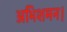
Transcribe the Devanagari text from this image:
अभिशमन।